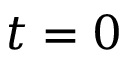
t = 0